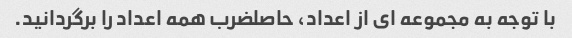
با توجه به مجموعه ای از اعداد، حاصلضرب همه اعداد را برگردانید.